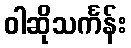
ဝါဆိုသင်္ကန်း